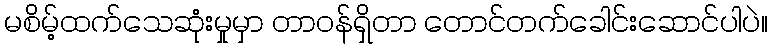
မစိမ့်ထက်သေဆုံးမှုမှာ တာဝန်ရှိတာ တောင်တက်ခေါင်းဆောင်ပါပဲ။